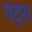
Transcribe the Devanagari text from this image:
पट्स